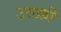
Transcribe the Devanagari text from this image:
उसक़ी